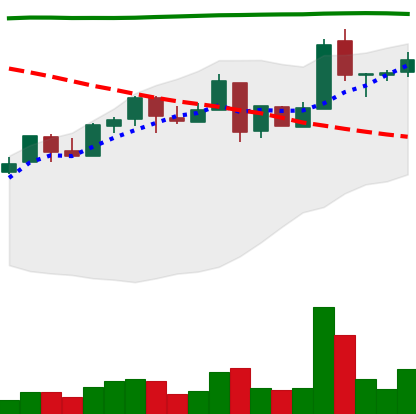
Ticker: NEO-USD
Chart end date: 2018-05-03
Forward return: -12.231%
Label: down_7plus